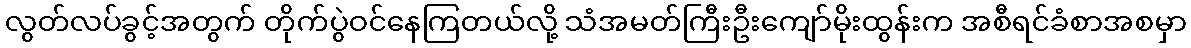
လွတ်လပ်ခွင့်အတွက် တိုက်ပွဲဝင်နေကြတယ်လို့ သံအမတ်ကြီးဦးကျော်မိုးထွန်းက အစီရင်ခံစာအစမှာ